Plague in India, 1896, 1897 - Volume 3
Year: 1896
Disease focus: Plague
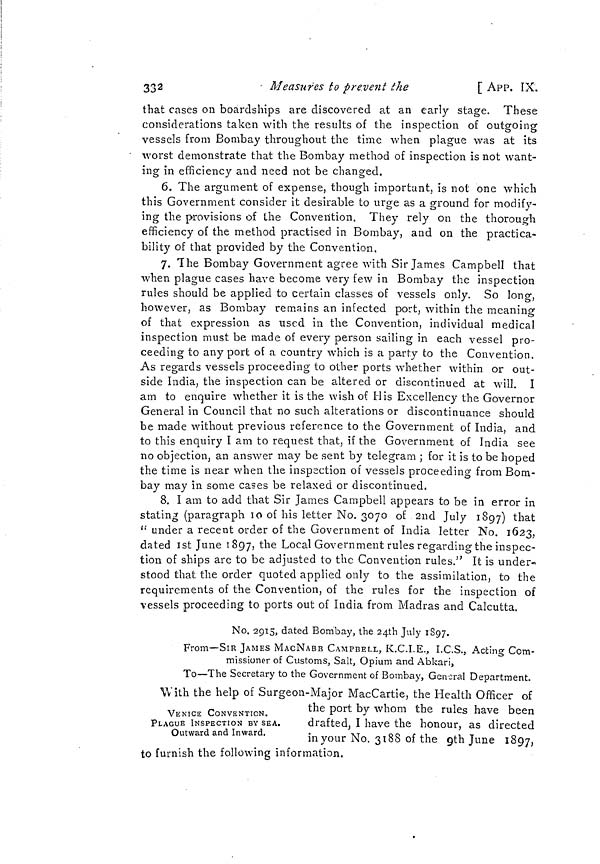
332
' Measures to prevent the
[ APP. IX.
that cases on boardships are discovered at an early stage. These
considerations taken with the results of the inspection of outgoing
vessels from Bombay throughout the time when plague was at its
worst demonstrate that the Bombay method of inspection is not want-
ing in efficiency and need not be changed.
6. The argument of expense, though important, is not one which
this Government consider it desirable to urge as a ground for modifv-
o
o
j
ing the provisions of the Convention. They rely on the thorough
efficiency of the method practised in Bombay, and on the practica-
bility of that provided by the Convention.
7. The Bombay Government agree with Sir James Campbell that
when plague cases have become very few in Bombay the inspection
rules should be applied to certain classes of vessels only. So long,
however, as Bombay remains an infected port, within the meaning
of that expression as used in the Convention, individual medical
inspection must be made of every person sailing in each vessel pro-
ceeding to any port of a country which is a party to the Convention.
As regards vessels proceeding to other ports whether within or out-
side India, the inspection can be altered or discontinued at will. I
am to enquire whether it is the wish of His Excellency the Governor
General in Council that no such alterations or discontinuance should
be made without previous reference to the Government of India, and
to this enquiry I am to request that, if the Government of India see
no objection, an answer may be sent by telegram ; for it is to be hoped
the time is near when the inspection of vessels proceeding from Bom-
bay may in some cases be relaxed or discontinued.
8. I am to add that Sir James Campbell appears to be in error in
stating (paragraph 10 of his letter No. 3070 of 2nd July 1897) th at
'' under a recent order of the Government of India letter No. 1623,
dated 1st June 1897, the Local Government rules regarding the inspec-
tion of ships are to be adjusted to the Convention rules." It is under-
stood that the order quoted applied only to the assimilation, to the
requirements of the Convention, of the rules for the inspection of
vessels proceeding to ports out of India from Madras and Calcutta.
No. 2915, dated Bombay, the 24th July 1897.
From—SIR JAMES MACNABB CAMPBELL, K.C.I.E., I.C.S., Acting Com-
missioner of Customs, Salt, Opium and Abkari,
To—The Secretary to the Government of Bombay, General Department.
VENICE CONVENTION.
PLAGUE INSPECTION BY SEA.
Outward and Inward.
With the help of Surgeon-Major MacCartie, the Health Officer of
the port by whom the rules have been
drafted, I have the honour, as directed
in your No. 3188 of the gth June 1897,
to furnish the following intormation.